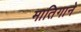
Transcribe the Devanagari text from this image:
मातिगाने